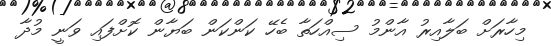
މިހާރަށް ބަލާއިރު އާންމު ސިއްހަތާ ބެހޭ ކަންކަން ބަޔާން ކޮށްފައި ވަނީ މުދާ